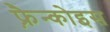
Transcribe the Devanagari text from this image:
फ़्रैन्कोइस